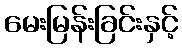
မေးမြန်းခြင်းနှင့်